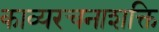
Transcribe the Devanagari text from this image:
काव्यरचनाशक्ति